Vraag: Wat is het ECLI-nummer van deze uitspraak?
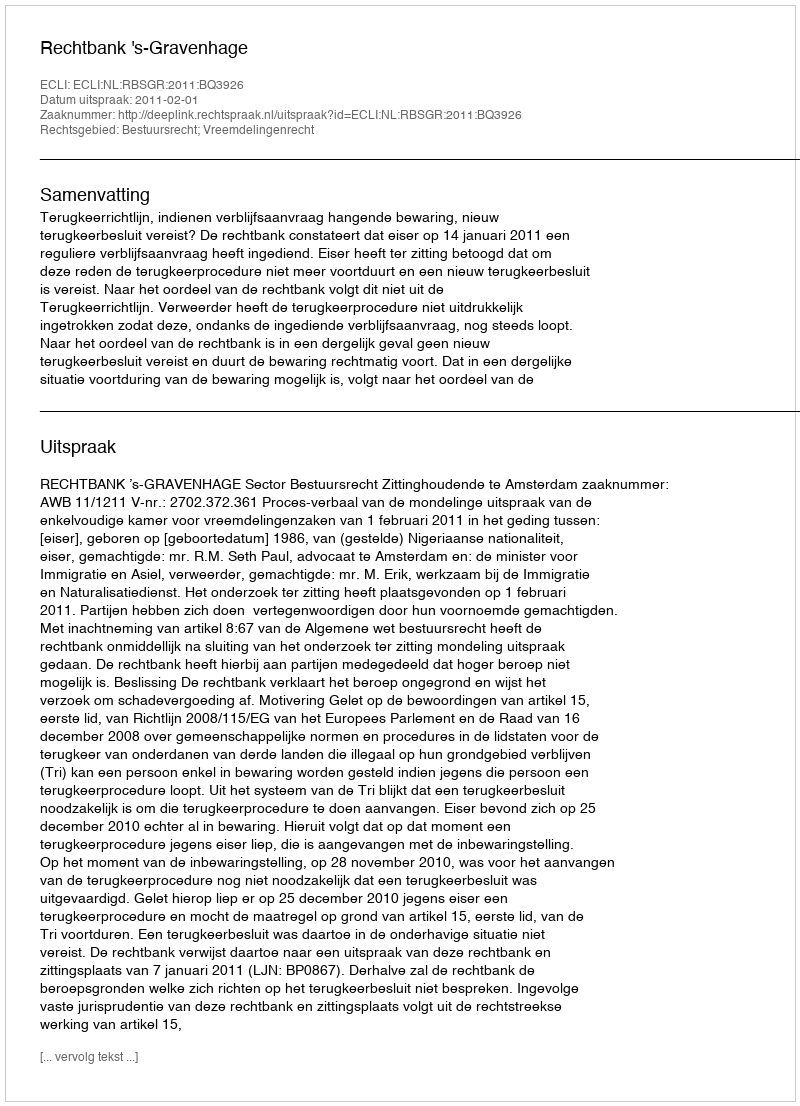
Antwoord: ECLI:NL:RBSGR:2011:BQ3926